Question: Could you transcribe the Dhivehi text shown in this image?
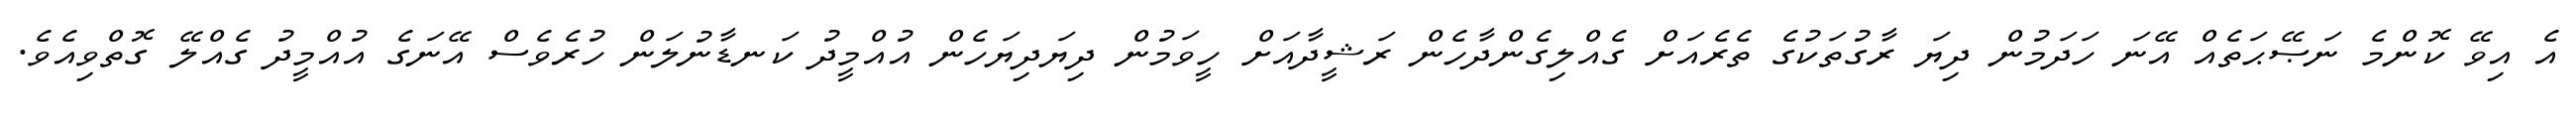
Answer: އެ އިވޭ ކޮންމެ ނަޞޭޙަތެއް އޭނަ ހަދަމުން ދިޔަ ރާގުތަކުގެ ތެރެއަށް ގެއްލިގެންދާހެން ރަޝީދާއަށް ހީވަމުން ދިޔަދިޔަހެން އުއްމީދު ކަނޑާނުލަން ހުރެވެސް އޭނަގެ އުއްމީދު ގެއްލޭ ގޮތްވިއެވެ.